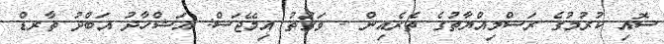
ސޮއި ކުރުމުގެ ރަސްމިއްޔާތުގެ ތެރެއިން - ވަގުތު އިމޭޖަސް: އަޝްހާދު އަބްދު ތާރޑް